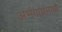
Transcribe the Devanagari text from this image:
अभंगाप्रमाणे